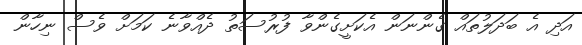
އަދި އެ ބަދަލުތައް ގެންނަން އެކަށީގެންވާ ފުރުސަތު ދެއްވާނެ ކަމަށް ވެސް ނިހާން